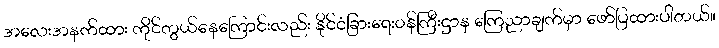
အလေးအနက်ထား ကိုင်တွယ်နေကြောင်းလည်း နိုင်ငံခြားရေးဝန်ကြီးဌာန ကြေညာချက်မှာ ဖော်ပြထားပါတယ်။